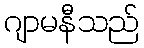
ဂျာမနီသည်